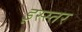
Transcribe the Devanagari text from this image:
इस्स्तर